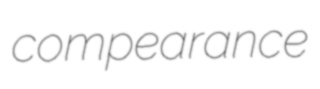
compearance